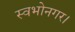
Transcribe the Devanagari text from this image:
स्वभोनगर।